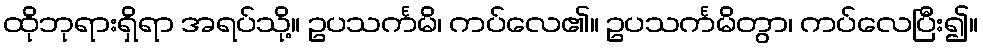
ထိုဘုရားရှိရာ အရပ်သို့။ ဥပသင်္ကမိ၊ ကပ်လေ၏။ ဥပသင်္ကမိတွာ၊ ကပ်လေပြီး၍။